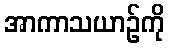
အာကာသယာဉ်ကို